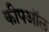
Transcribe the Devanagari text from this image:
कीपऑल